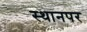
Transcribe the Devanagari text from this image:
स्‍थानपर